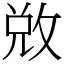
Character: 敚